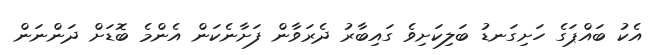
އެކު ބައްޕަގެ ހަށިގަނޑު ބަލިކަށިވެ ގައިބާރު ދެރަވާން ފަށާނެކަން އެންމެ ބޮޑަށް ދަންނަން